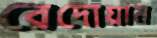
রেদোয়ান